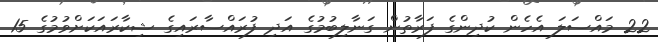
22 މައްސަލަ އެހެން ކުދިންގެ ފަރާތުން ގަނާލިބުމުގެ އަދި ފުރައްސާރައިގެ ޝިކާރައަކަށްވުމުގެ 15